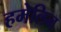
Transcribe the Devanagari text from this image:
हमेलिन